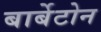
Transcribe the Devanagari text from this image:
बार्बेटोन